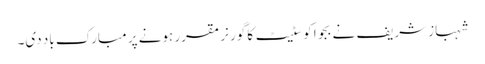
شہباز شریف نے بجوا کو سٹیٹ کا گورنر مقرر ہونے پر مبارک باد دی۔